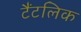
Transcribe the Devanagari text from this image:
टैंटलिक